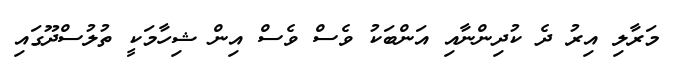
މަރާލި އިރު ދެ ކުދިންނާއި އަންބަކު ވެސް ވެސް އިން ޝިހާމަކީ ތުލުސްދޫގައި